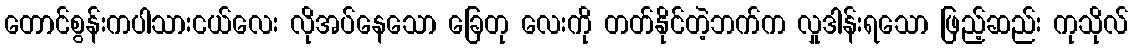
တောင်စွန်းကပါသားငယ်လေး လိုအပ်နေသော ခြေတု လေးကို တတ်နိုင်တဲ့ဘက်က လှုဒါန်းရသော ဖြည့်ဆည်း ကုသိုလ်